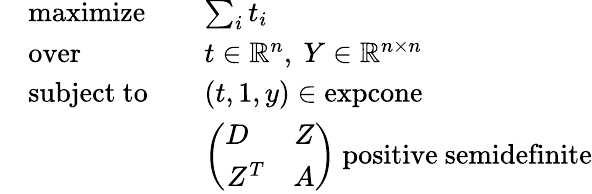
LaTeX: \begin{array}{rlrl}&{\mathrm{maximize}}&&{\sum_{i}t_{i}}\\ &{\mathrm{over}}&&{t\in\mathbb{R}^{n},\ Y\in\mathbb{R}^{n\times n}}\\ &{\mathrm{subject~to}}&&{(t,1,y)\in\mathrm{expcone}}\\ &{}&&{\left(\begin{array}{rrrrrr}{D\phantom{^T}}&{Z}\\ {Z^{T}}&{A}\end{array}\right)\mathrm{~positive~semidefinite}}\end{array}